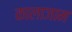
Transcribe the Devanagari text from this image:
कालाजाम